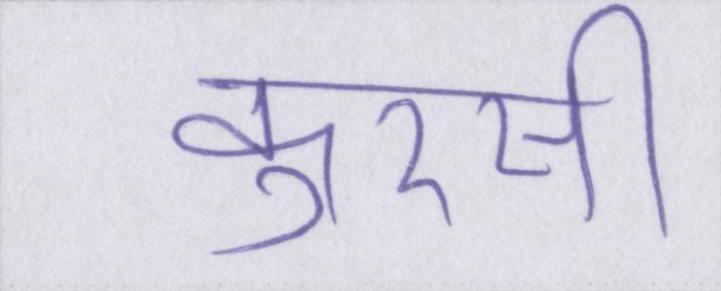
कुरसी